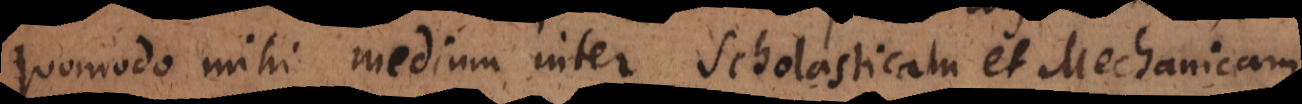
quomodo mihi medium inter Scholasticam et Mechanicam